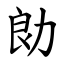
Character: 勆